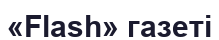
«Flash» газеті